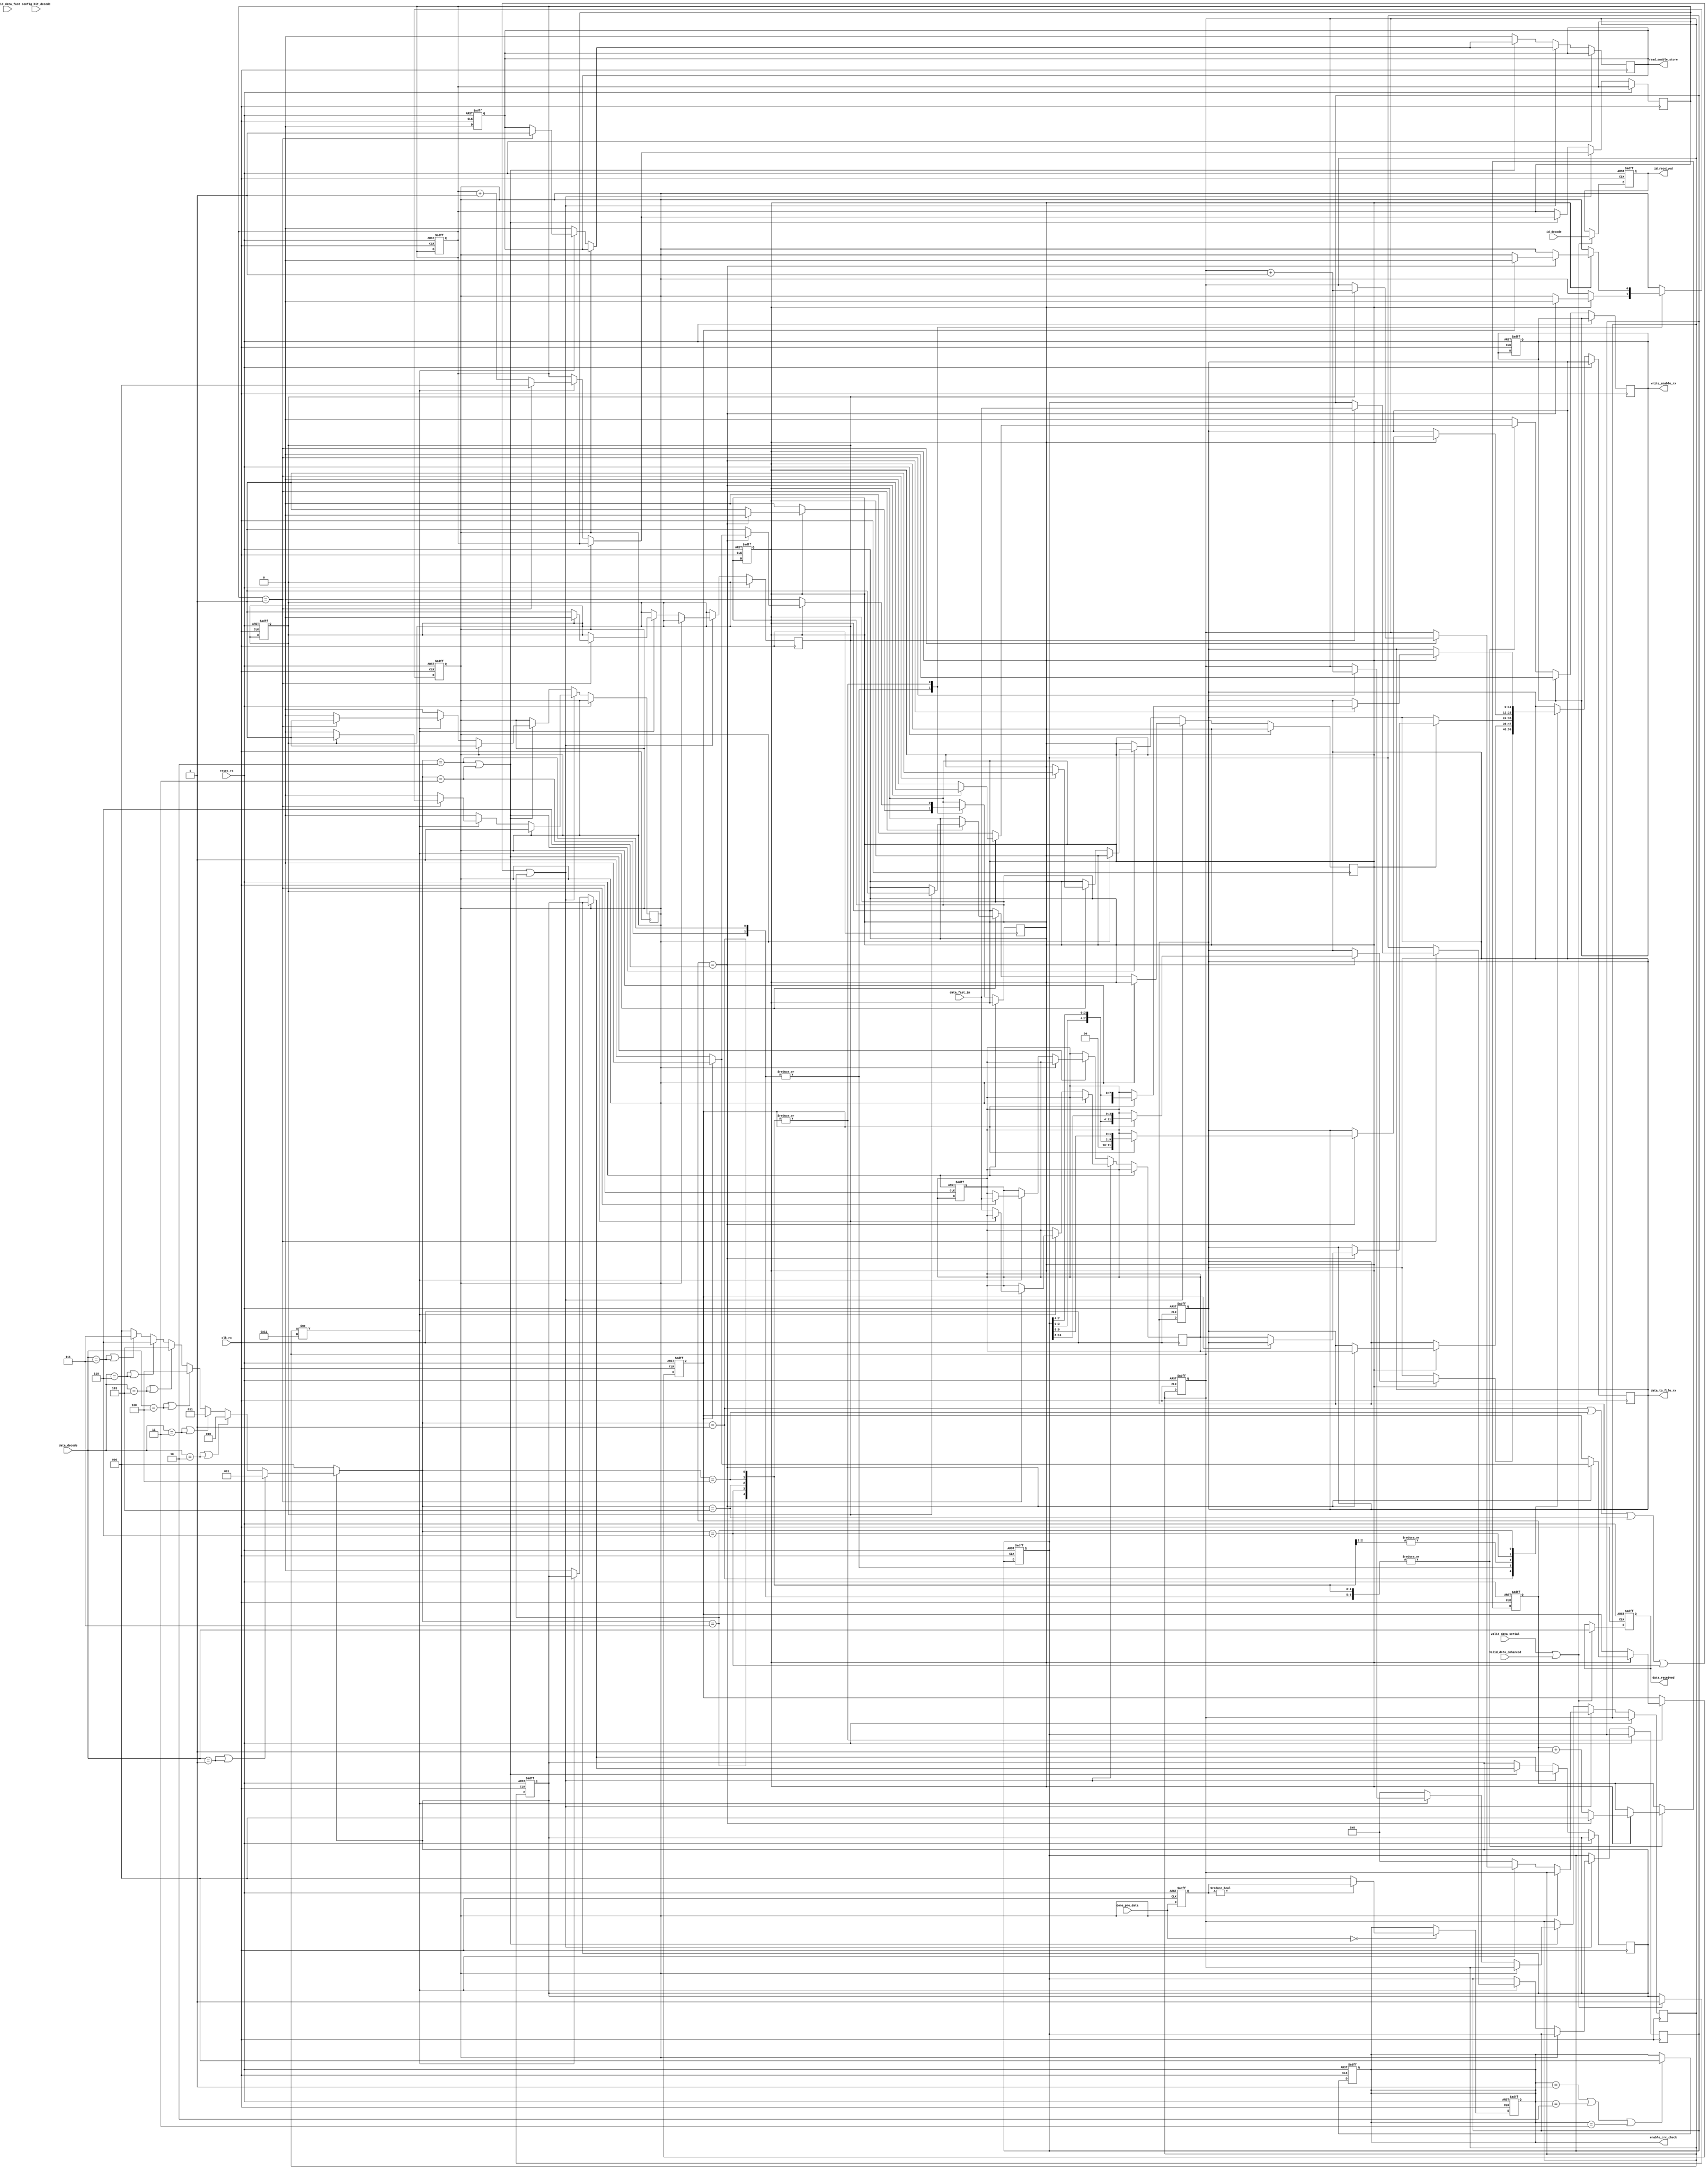
module sent_rx_control(
	//clk and reset_rx
	input clk_rx,
	input reset_rx,
	
	//signals to pulse check block
	input [2:0] done_pre_data,

	//signals to crc check
	output reg [2:0] enable_crc_check,

	input valid_data_serial,
	input valid_data_enhanced,
	input valid_data_fast,

	input [7:0] id_decode,
	input [15:0] data_decode,
	input config_bit_decode,

	output reg read_enable_store,
	input [11:0] data_fast_in,

	output reg [7:0] id_received,
	output reg [15:0] data_received,
	output reg write_enable_rx,
	output reg [11:0] data_to_fifo_rx
	);

	//frame format of fast channels
	localparam TWO_FAST_CHANNELS_12_12 = 1;
	localparam ONE_FAST_CHANNELS_12 = 2;
	localparam HIGH_SPEED_ONE_FAST_CHANNEL_12 = 3;
	localparam SECURE_SENSOR = 4;
	localparam SINGLE_SENSOR_12_0 = 5;
	localparam TWO_FAST_CHANNELS_14_10 = 6;
	localparam TWO_FAST_CHANNELS_16_8 = 7;
	
	reg valid_data_fast_channel;
	reg [11:0] data_fast1_decode;
	reg [11:0] data_fast2_decode;
	reg [2:0] a;
	
	reg [17:0] saved;
	reg [2:0] count_enable;
	reg count_store;
	reg [5:0] count_frame;
	reg done;
	reg count_rx;
	reg [2:0] count_enable_rx;
	reg done_sent;
 	reg valid;
	reg [2:0] frame_format;

	
	//HANDLE FRAME FORMAT
	always @(data_decode or valid) begin
		if(valid) begin
			if(data_decode == 12'h001 || data_decode == 16'h001 ) begin frame_format = TWO_FAST_CHANNELS_12_12; end
			else if(data_decode == 12'h002 || data_decode == 16'h002) begin frame_format = ONE_FAST_CHANNELS_12; end
			else if(data_decode == 12'h003 || data_decode == 16'h003) begin frame_format = HIGH_SPEED_ONE_FAST_CHANNEL_12; end
			else if(data_decode == 12'h004 || data_decode == 16'h004) begin frame_format = SECURE_SENSOR; end
			else if(data_decode == 12'h005 || data_decode == 16'h005) begin frame_format = SINGLE_SENSOR_12_0; end
			else if(data_decode == 12'h006 || data_decode == 16'h006) begin frame_format = TWO_FAST_CHANNELS_14_10; end
			else if(data_decode == 12'h007 || data_decode == 16'h007) begin frame_format = TWO_FAST_CHANNELS_16_8; end	
			else frame_format = 0;
		end
		else frame_format = 0;
	end

	always @(negedge clk_rx or posedge reset_rx) begin
		if(reset_rx) begin
			enable_crc_check <= 0;
			a <= 0;
			read_enable_store <= 0;
			saved <= 0;
			count_store <= 0;
			count_enable <= 0;
			data_fast1_decode <= 0;
			data_fast2_decode <= 0;
			valid_data_fast_channel <= 0;
			count_frame <= 0;
			write_enable_rx <= 0;
			data_to_fifo_rx <= 0;
			done <= 0;
			data_fast1_decode <= 0;
			data_fast2_decode <= 0;
			data_to_fifo_rx <= 0;
			id_received <= 0;
			data_received <= 0;
			valid <= 0;
			
		end
		else begin
			a <= done_pre_data;
	
			if(done_pre_data == 3'b000) begin
				if(a != 0) begin enable_crc_check <= a; end	
				else enable_crc_check <= 0;
			end

			if(valid_data_serial || valid_data_enhanced) begin
				id_received <= id_decode;
				data_received <= data_decode;
				valid <= 1;
			end

			if(read_enable_store) read_enable_store <= 0;
		end
	end
	always @(posedge clk_rx or posedge reset_rx) begin
		if(reset_rx) begin
			enable_crc_check <= 0;
			count_rx <= 0;
			count_enable_rx <= 0;
			done_sent <= 0;
		end
		else begin
			if(enable_crc_check == 3'b001 || enable_crc_check == 3'b010 || enable_crc_check == 3'b011) begin saved <= {saved[16:0], valid_data_fast}; enable_crc_check <= 3'b000; end
			
			case(frame_format)
				TWO_FAST_CHANNELS_12_12: begin
					if(done) begin
						if(count_enable_rx == 6) begin
							write_enable_rx <= 1;
							count_enable_rx <= 0;
							if(!count_rx) begin
								data_to_fifo_rx <= data_fast1_decode; 
								count_rx <= 1; 
							end else begin 
								data_to_fifo_rx <= {data_fast2_decode[3:0],data_fast2_decode[7:4],data_fast2_decode[11:8]}; 
								count_rx <= 0; 
								done <= 0;
								done_sent <= 0;
							end
						end
						else begin count_enable_rx <= count_enable_rx + 1; end
					end
				end

				ONE_FAST_CHANNELS_12 : begin
					if(done) begin
						if(count_enable_rx == 6) begin
							write_enable_rx <= 1;
							count_enable_rx <= 0;
							data_to_fifo_rx <= data_fast1_decode[11:0]; 
							done <= 0;
							done_sent <= 0;
						end
						else begin count_enable_rx <= count_enable_rx + 1; end
					end
				end

				HIGH_SPEED_ONE_FAST_CHANNEL_12: begin
					if(done) begin
						if(count_enable_rx == 6) begin
							write_enable_rx <= 1;
							count_enable_rx <= 0;
							data_to_fifo_rx <= data_fast1_decode[11:0]; 
							done <= 0;
							done_sent <= 0;
						end
						else begin count_enable_rx <= count_enable_rx + 1; end
					end
				end

				SECURE_SENSOR: begin
					if(done) begin
						if(count_enable_rx == 6) begin
							write_enable_rx <= 1;
							count_enable_rx <= 0;
							if(!count_rx) begin
								data_to_fifo_rx <= data_fast1_decode; 
								count_rx <= 1; 
							end else begin 
								count_rx <= 0; 
								done <= 0;
								done_sent <= 0;
							end
						end
						else begin count_enable_rx <= count_enable_rx + 1; end
					end
				end

				SINGLE_SENSOR_12_0: begin
					if(done) begin
						if(count_enable_rx == 6) begin
							write_enable_rx <= 1;
							count_enable_rx <= 0;
							if(!count_rx) begin
								data_to_fifo_rx <= data_fast1_decode; 
								count_rx <= 1; 
							end else begin 
								count_rx <= 0; 
								done <= 0;
								done_sent <= 0;
							end
						end
						else begin count_enable_rx <= count_enable_rx + 1; end
					end
				end

				TWO_FAST_CHANNELS_14_10: begin
					if(done) begin
						if(count_enable_rx == 6) begin
							write_enable_rx <= 1;
							count_enable_rx <= 0;
							if(!count_rx) begin
								data_to_fifo_rx <= {data_fast1_decode}; 
								count_rx <= 1; 
							end else begin 
								data_to_fifo_rx <= {data_fast2_decode[3:0],data_fast2_decode[7:4],data_fast2_decode[9:8]}; 
								count_rx <= 0; 
								done <= 0;
								done_sent <= 0;
							end
						end
						else begin count_enable_rx <= count_enable_rx + 1; end
					end
				end
				
				TWO_FAST_CHANNELS_16_8: begin
					if(done) begin
						if(count_enable_rx == 6) begin
							write_enable_rx <= 1;
							count_enable_rx <= 0;
							if(!count_rx) begin
								data_to_fifo_rx <= data_fast1_decode; 
								count_rx <= 1; 
							end else begin 
								data_to_fifo_rx <= {data_fast2_decode[11:8],data_fast2_decode[3:0],data_fast2_decode[7:4]}; 
								count_rx <= 0; 
								done <= 0;
								done_sent <= 0;
							end
						end
						else begin count_enable_rx <= count_enable_rx + 1; end
					end
				end
			endcase
			
			if(write_enable_rx) write_enable_rx <= 0;
		end
	end

	always @(negedge clk_rx or posedge reset_rx) begin
		if(reset_rx) begin

		end
		else begin
			 if( (frame_format == TWO_FAST_CHANNELS_12_12) || (frame_format == SECURE_SENSOR) || (frame_format == SINGLE_SENSOR_12_0) ||
				(frame_format == TWO_FAST_CHANNELS_14_10) || (frame_format == TWO_FAST_CHANNELS_16_8) ) begin
					if(!done_sent) begin
						if(count_frame != 17) begin
							if(count_enable ==1) begin
								count_enable <= 0;
								read_enable_store <= 1;
								if(!count_store) begin
									data_fast1_decode <= data_fast_in;
									count_store <= 1;
								end
								else begin
									data_fast2_decode <= data_fast_in; 
									count_store <= 0; 
									valid_data_fast_channel <= saved[17];
									saved <= {saved[16:0], valid_data_fast};
									count_frame <= count_frame + 1;
									done <= 1;
									done_sent <= 1;
								end
							end else count_enable <= count_enable + 1;
						end else begin read_enable_store <= 0; valid_data_fast_channel <= 0; valid <= 0; count_frame <= 0; end
					end	
				end
			else if ( (frame_format == ONE_FAST_CHANNELS_12) || (frame_format == HIGH_SPEED_ONE_FAST_CHANNEL_12) )  begin
					if(!done_sent) begin
						if(count_frame != 17) begin
							if(count_enable ==1) begin
								count_enable <= 0;
								read_enable_store <= 1;
								data_fast1_decode <= data_fast_in;
								valid_data_fast_channel <= saved[17];
								saved <= {saved[16:0], valid_data_fast};
								count_frame <= count_frame + 1;
								done <= 1;
								done_sent <= 1;
							end else count_enable <= count_enable + 1;
						end else begin read_enable_store <= 0; valid_data_fast_channel <= 0; valid <= 0; count_frame <= 0; end
					end	
				end
			else read_enable_store <= 0;
		end
	end

endmodule